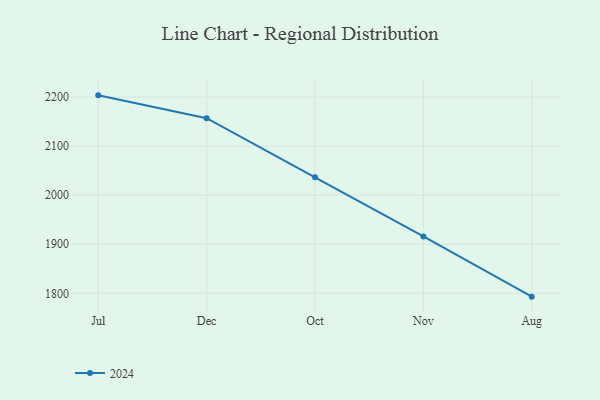
{"axis": {"x": "Month", "y": "Revenue (USD Million)"}, "legend": ["2024"], "data": [{"x": "Jul", "y": 2203.4, "type": "2024"}, {"x": "Dec", "y": 2156.8, "type": "2024"}, {"x": "Oct", "y": 2036.3, "type": "2024"}, {"x": "Nov", "y": 1915.8, "type": "2024"}, {"x": "Aug", "y": 1793.2, "type": "2024"}]}